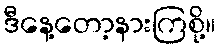
ဒီနေ့တော့နားကြစို့။